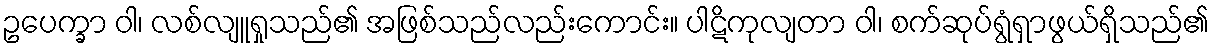
ဥပေက္ခာ ဝါ၊ လစ်လျူရှုသည်၏ အဖြစ်သည်လည်းကောင်း။ ပါဋိကုလျတာ ဝါ၊ စက်ဆုပ်ရွံရှာဖွယ်ရှိသည်၏